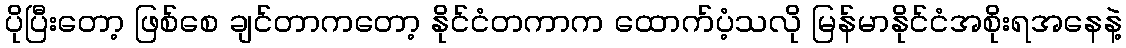
ပိုပြီးတော့ ဖြစ်စေ ချင်တာကတော့ နိုင်ငံတကာက ထောက်ပံ့သလို မြန်မာနိုင်ငံအစိုးရအနေနဲ့